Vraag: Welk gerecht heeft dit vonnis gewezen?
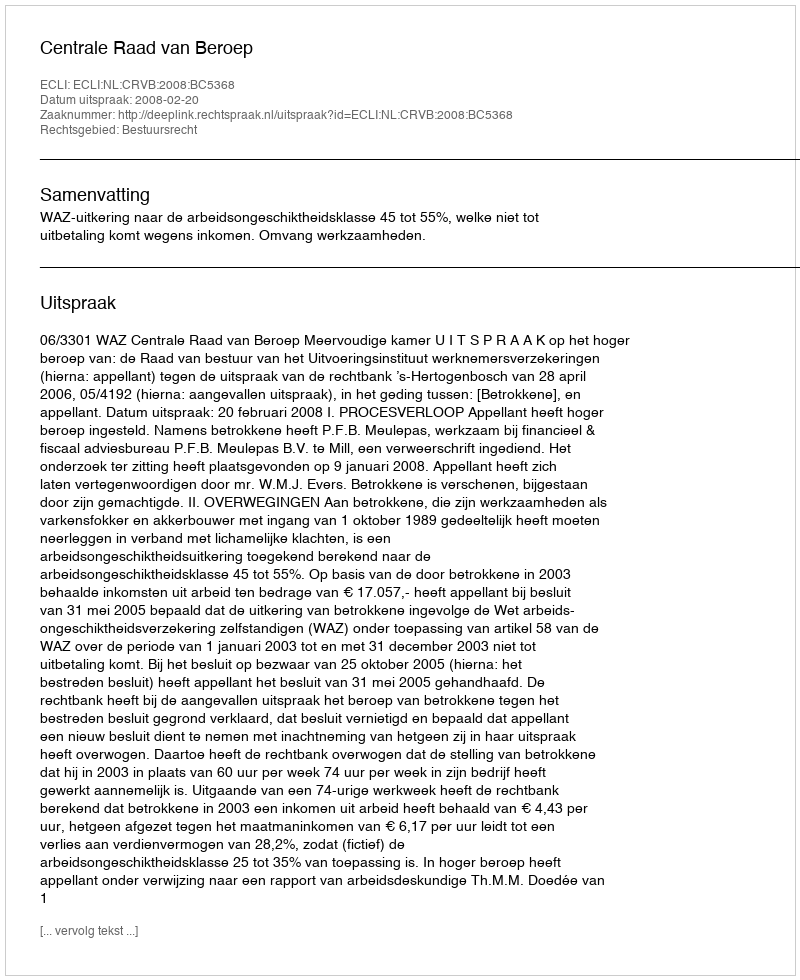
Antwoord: Centrale Raad van Beroep